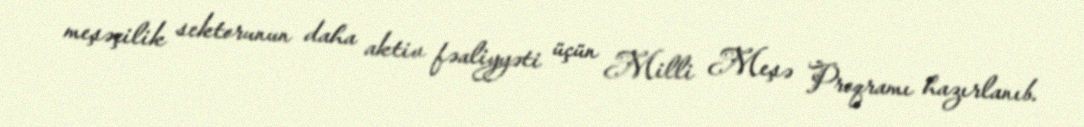
meşəçilik sektorunun daha aktiv fəaliyyəti üçün Milli Meşə Proqramı hazırlanıb.